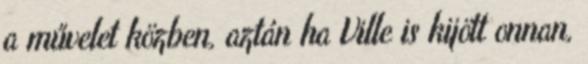
a művelet közben, aztán ha Ville is kijött onnan,